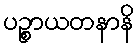
ပဉ္စာယတနာနိ